Newspaper: Wood County reporter. [volume]
Place of publication: Grand Rapids [i.e. Wisconsin Rapids], Wis.
Publisher: [J.N. Brundage]
Date: 1875-08-19 00:00:00
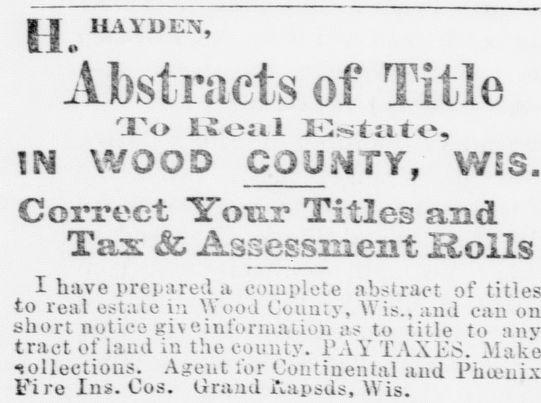
Advertisement text (OCR):
|| HAYDEN, Abstracts of Title To Uoal Kstato, !N WOOD COUrt TY, WsS. Correct Your Titles and Tax & Assessment liolls I have prepared a complete abstract of titles to real estate in Wood County, Wis., and can on short notice give information as to title to any tract of laud In the county. PAY TAXES. .Make collections. Agent lor Continental and Phoenix Fire Ins. Cos. Grand Aapsds, Wis.
Label: text-only